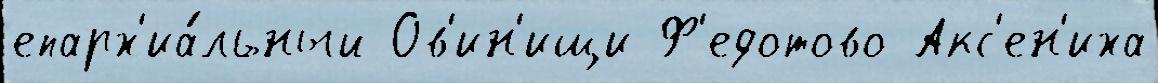
епарх'иа́льный Ов'ин'ищи Ф'едотово Акс'ен'иха